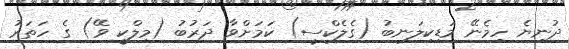
ދުނިޔެ ހިމެނޭ މަޑިކިލަނބު (ގެލެކްސީ) ކަމަށްވާ ދަރުބު (މިލްކީ ވޭ) ގެ ހަތަރު